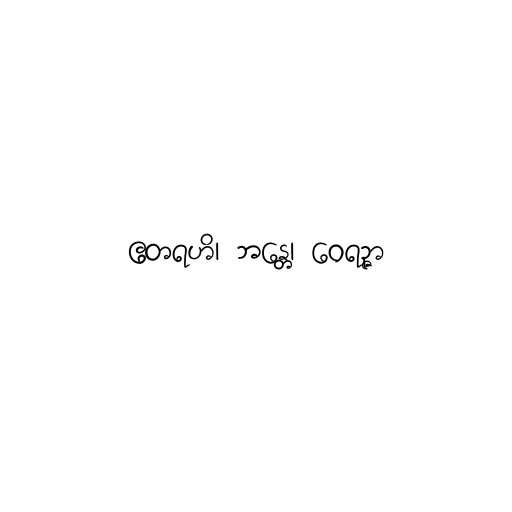
ဧတရဟိ၊ ဘန္တေ၊ ဝေရဉ္ဇာ